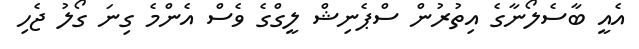
އެއީ ބާސެލޯނާގެ އިތުރުން ސްޕެނިޝް ލީގްގެ ވެސް އެންމެ ގިނަ ގޯލު ޖެހި